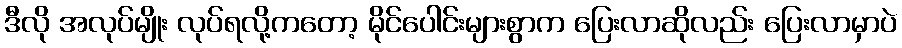
ဒီလို အလုပ်မျိုး လုပ်ရလို့ကတော့ မိုင်ပေါင်းများစွာက ပြေးလာဆိုလည်း ပြေးလာမှာပဲ